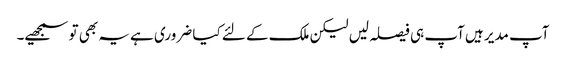
آپ مدیر ہیں آپ ہی فیصلہ لیں لیکن ملک کے لئے کیا ضروری ہے یہ بھی تو سمجھیے۔